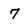
Character: 7